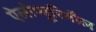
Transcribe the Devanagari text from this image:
ऐलोप्यूरिनौल